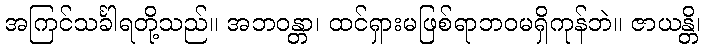
အကြင်သင်္ခါရတို့သည်။ အဘဝန္တာ၊ ထင်ရှားမဖြစ်ရာဘဝမရှိကုန်ဘဲ။ ဇာယန္တိ၊